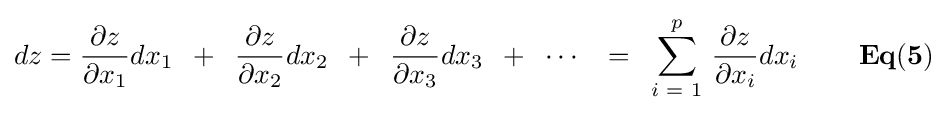
dz={{\partial z} \over {\partial x_{1}}}dx_{1}\,\,\,+\,\,\,{{\partial z} \over {\partial x_{2}}}dx_{2}\,\,\,+\,\,\,{{\partial z} \over {\partial x_{3}}}dx_{3}\,\,\,+\,\,\,\cdots \,\,\,\,\,=\,\,\,\sum \limits _{i\,\,=\,\,1}^{p}{\,{{\partial z} \over {\partial x_{i}}}dx_{i}}{\mathbf {\,\,\,\,\,\,\,\,\,\,\,\,\,Eq(5)} }